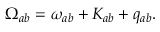
\Omega _ { a b } = \omega _ { a b } + K _ { a b } + q _ { a b } .